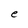
Character: e